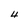
Character: 4